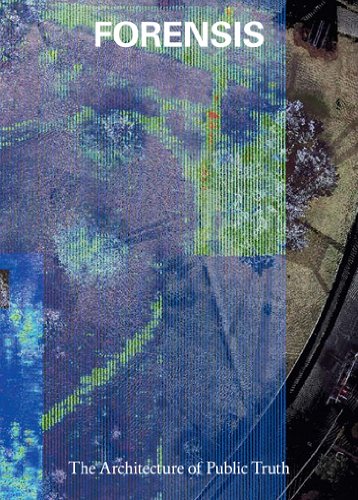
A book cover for Forensis: The Architecture of Public Truth; Arts & Photography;